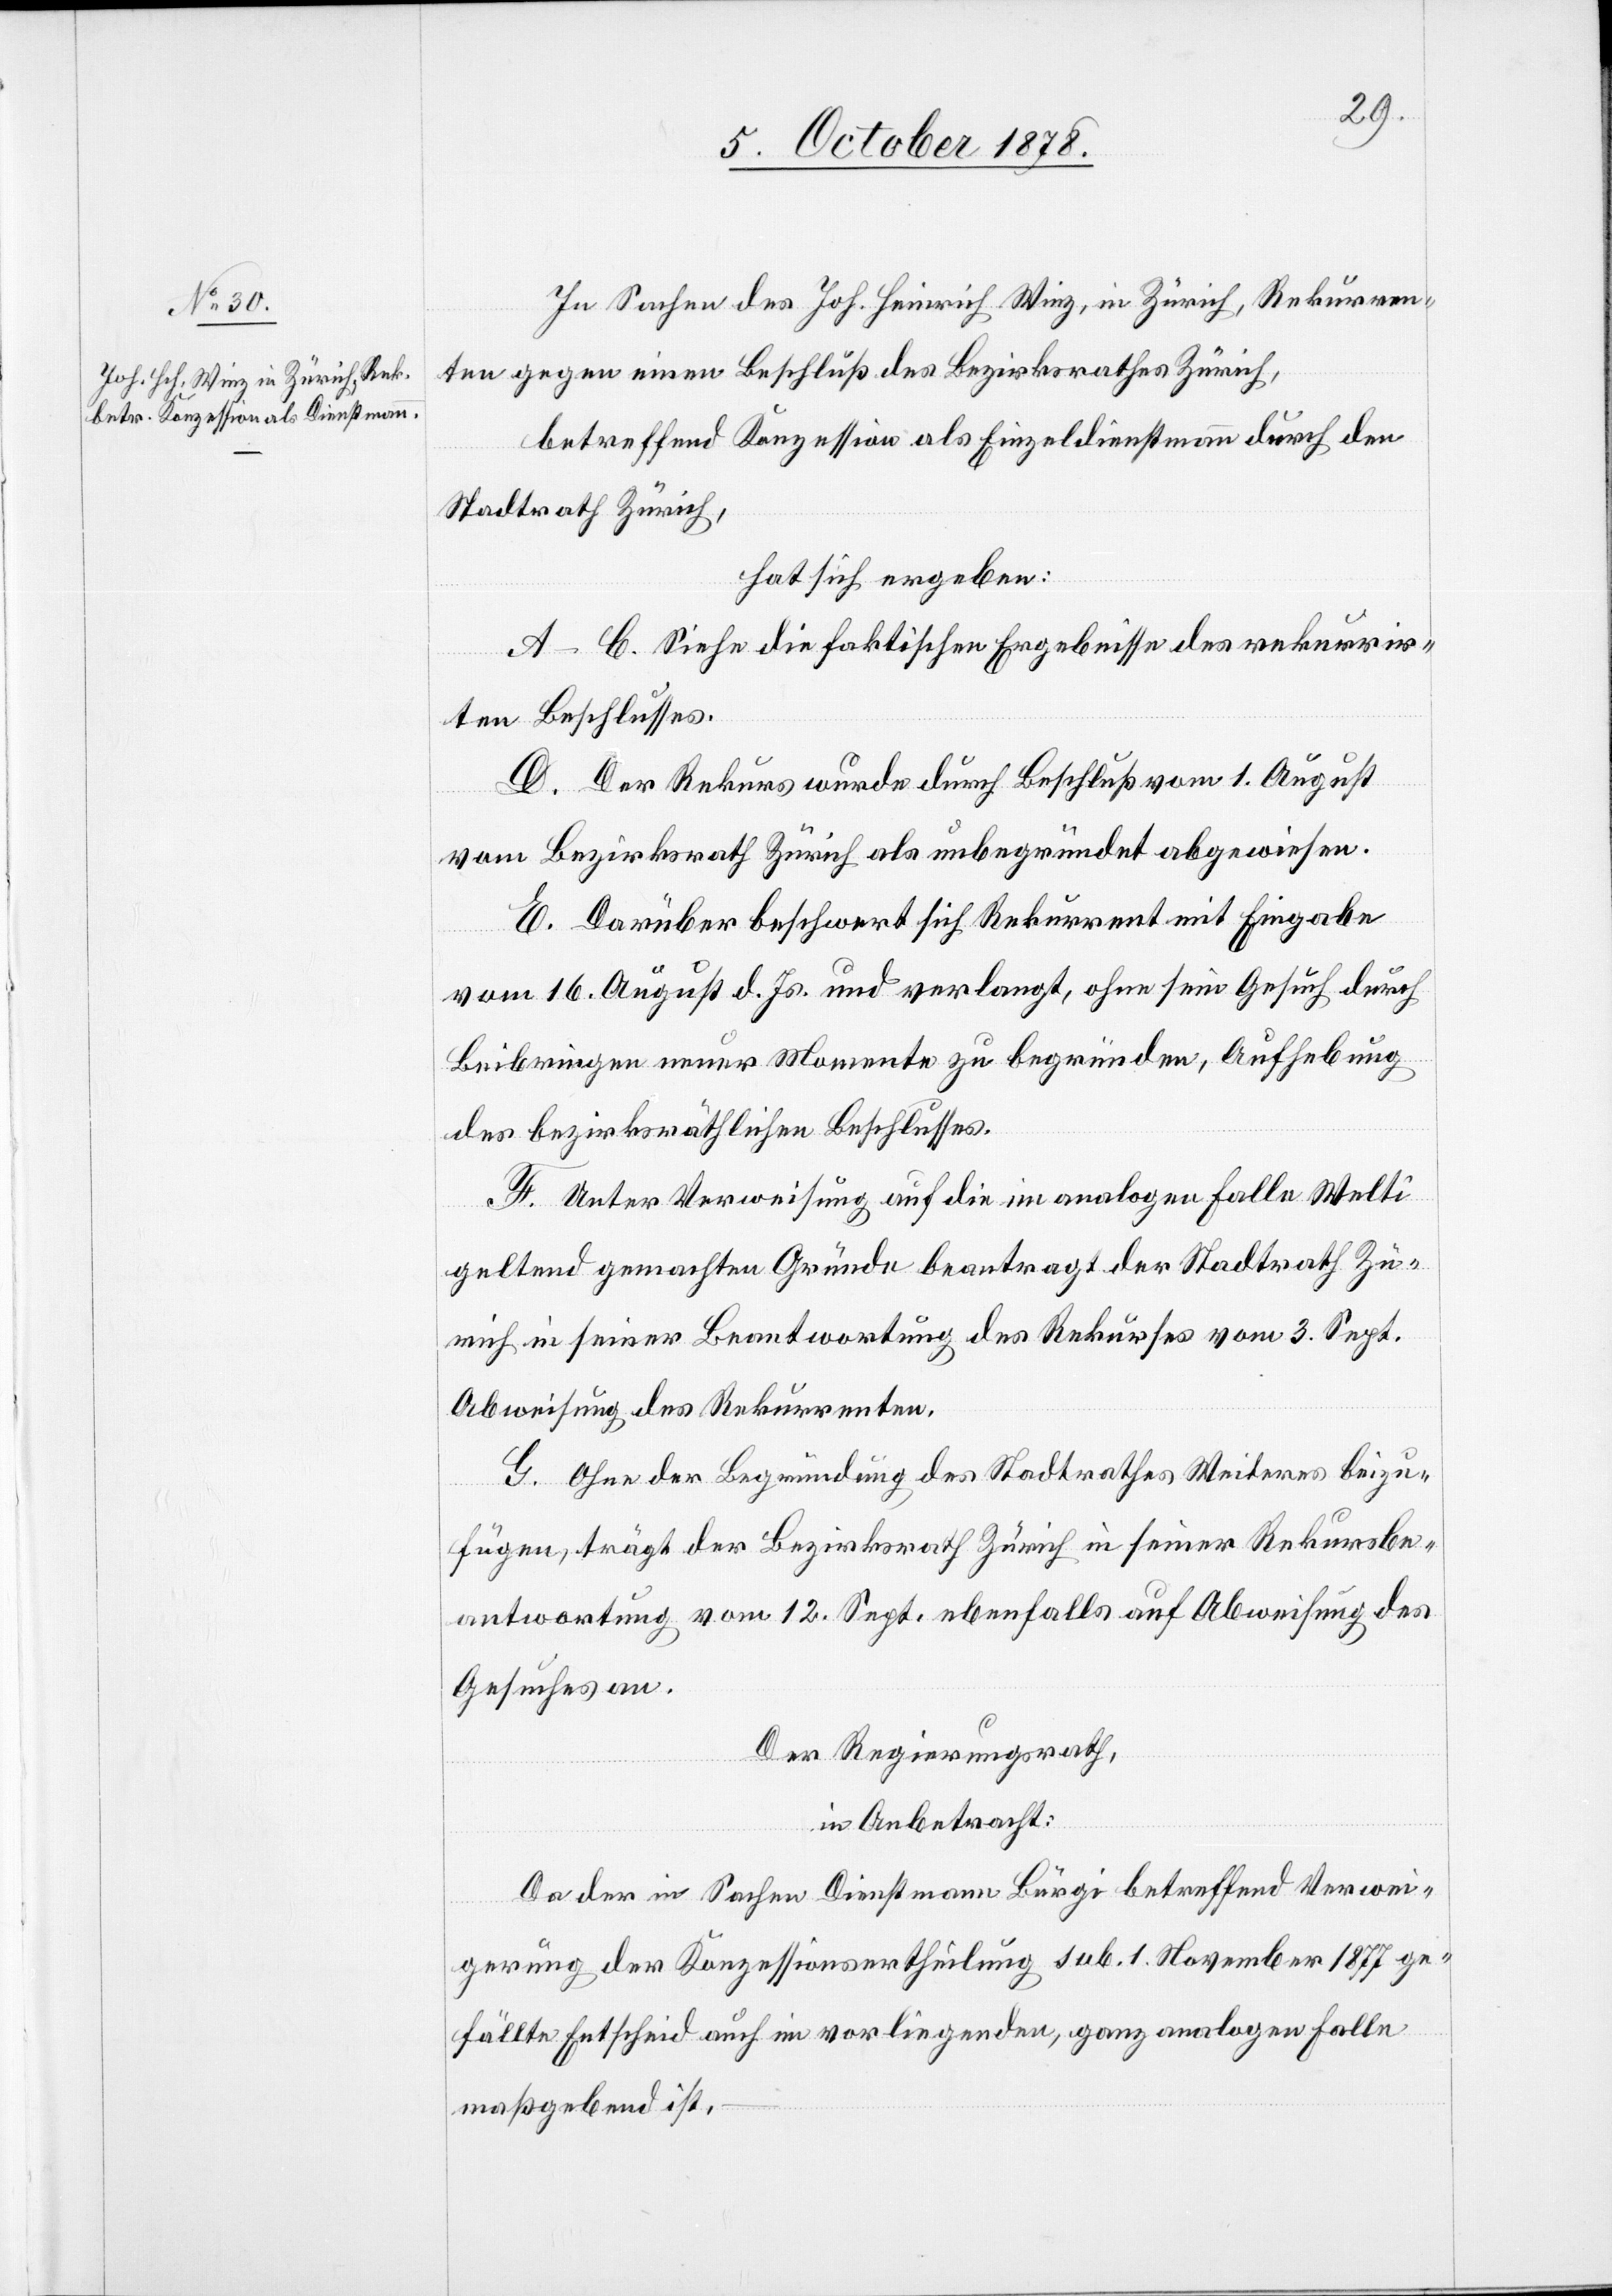
In Sachen des Joh. Heinrich Winz, in Zürich, Rekurren¬
ten gegen einen Beschluß des Bezirksrathes Zürich,
betreffend Konzession als Einzeldienstmann durch den
Stadtrath Zürich,
hat sich ergeben:
A–C. Siehe die faktischen Ergebnisse des rekurrir¬
ten Beschlusses.
D. Der Rekurs wurde durch Beschluß vom 1. August
vom Bezirksrath Zürich als unbegründet abgewiesen.
E. Darüber beschwert sich Rekurrent mit Eingabe
vom 16. August d. Js. und verlangt, ohne sein Gesuch durch
Beibringen neuer Momente zu begründen, Aufhebung
des bezirksräthlichen Beschlusses.
F. Unter Verweisung auf die im analogen Falle Welti
geltend gemachten Gründe beantragt der Stadtrath Zü¬
rich in seiner Beantwortung des Rekurses vom 3. Sept.
Abweisung des Rekurrenten.
G. Ohne der Begründung des Stadtrathes Weiteres beizu¬
fügen, trägt der Bezirksrath Zürich in seiner Rekursbe¬
antwortung vom 12. Sept. ebenfalls auf Abweisung des
Gesuches an.
Der Regierungsrath,
in Anbetracht:
Da der in Sachen Dienstmann Bürgi betreffend Verwei¬
gerung der Konzessionsertheilung sub. 1 November 1877 ge¬
fällte Entscheid auch im vorliegenden, ganz analogen Falle
maßgebend ist,